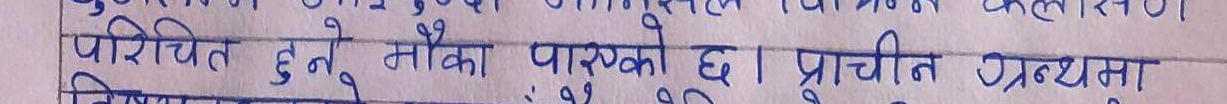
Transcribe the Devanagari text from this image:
परिचित हुने मौका पाएको छ। प्राचीन ग्रन्थमा